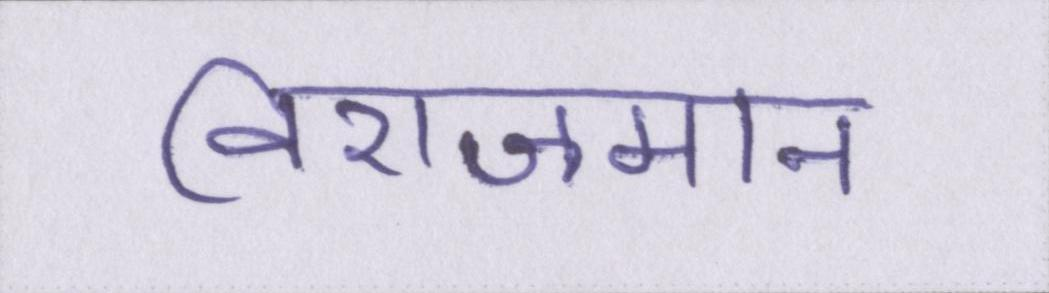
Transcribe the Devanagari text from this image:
विराजमान